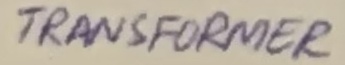
Text: TRANSFORMER